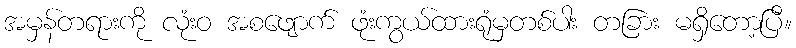
အမှန်တရားကို လုံးဝ အစဖျောက် ဖုံးကွယ်ထားရုံမှတစ်ပါး တခြား မရှိတော့ပြီ။